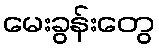
မေးခွန်းတွေ